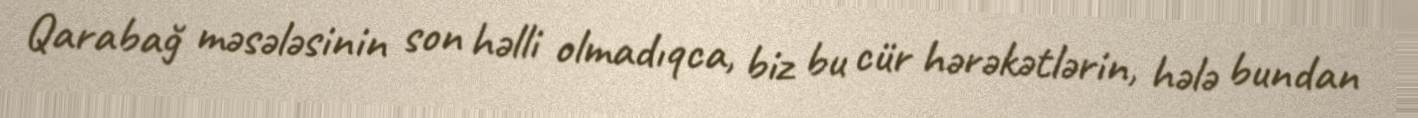
Qarabağ məsələsinin son həlli olmadıqca, biz bu cür hərəkətlərin, hələ bundan